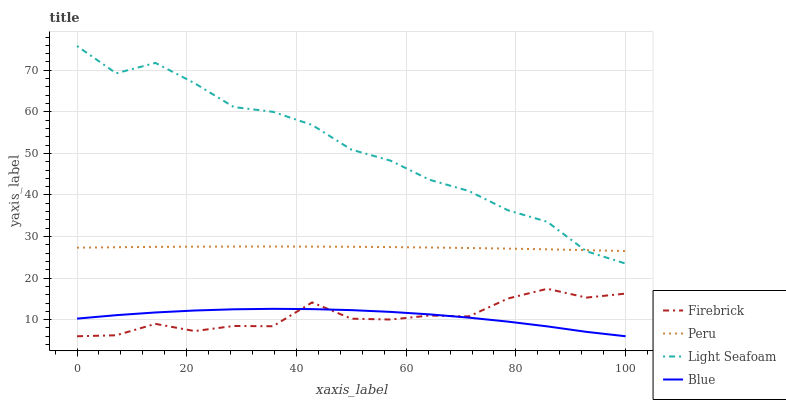
| xaxis_label | Firebrick | Peru | Light Seafoam | Blue |
 | --- | --- | --- | --- | --- |
 | 0 | 6 | 27.3 | 75.8 | 10.2 |
 | 7.14 | 6.23 | 27.4 | 69.3 | 11.1 |
 | 14.3 | 8.98 | 27.5 | 71.8 | 11.7 |
 | 21.4 | 7.25 | 27.6 | 66.9 | 12.2 |
 | 28.6 | 8.47 | 27.6 | 61.2 | 12.5 |
 | 35.7 | 8.41 | 27.6 | 60 | 12.6 |
 | 42.9 | 14.1 | 27.6 | 56.8 | 12.5 |
 | 50 | 10.2 | 27.5 | 50.9 | 12.3 |
 | 57.1 | 10 | 27.5 | 48.3 | 11.9 |
 | 64.3 | 11 | 27.4 | 43.6 | 11.3 |
 | 71.4 | 10.8 | 27.2 | 40.9 | 10.5 |
 | 78.6 | 15.1 | 27.1 | 36.3 | 9.52 |
 | 85.7 | 17.4 | 26.9 | 33.5 | 8.38 |
 | 92.9 | 15.3 | 26.7 | 26.4 | 7.06 |
 | 100 | 16.3 | 26.5 | 23.5 | 6 |